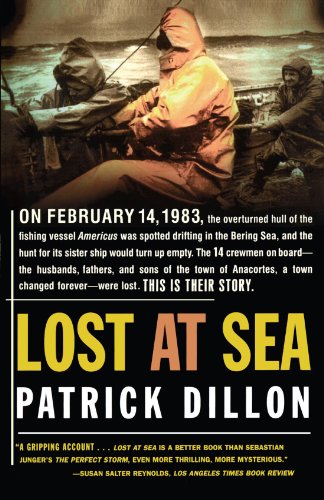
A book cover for Lost At Sea; Patrick Dillon; Law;